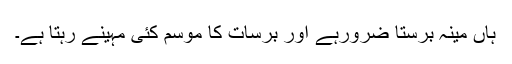
ہاں مینہ برستا ضرورہے اور برسات کا موسم کئی مہینے رہتا ہے۔